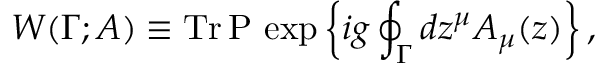
W ( \Gamma ; A ) \equiv \mathrm { T r \, } \mathrm { P \, } \exp \left\{ i g \oint _ { \Gamma } d z ^ { \mu } A _ { \mu } ( z ) \right\} ,